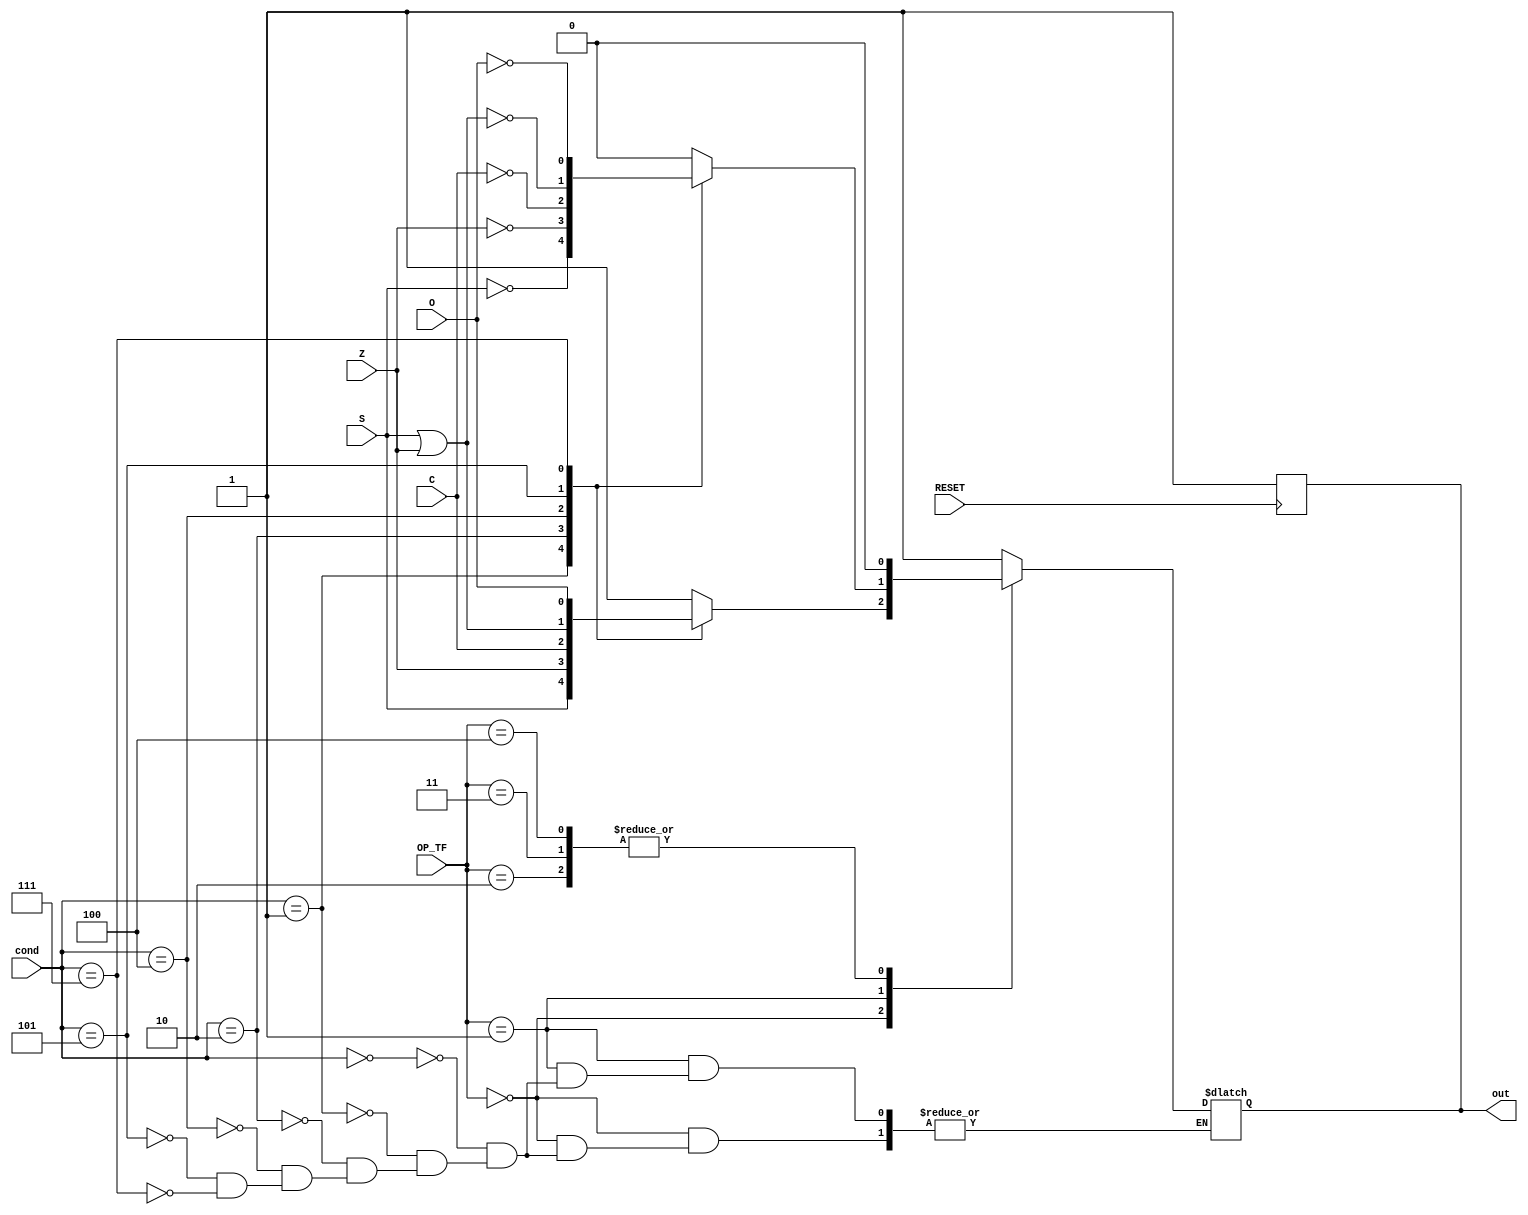
//Mdulo do testador de flags (combinacional)
module tester_flags(RESET, O, S, C, Z, cond, OP_TF, out);

	input 	wire		RESET, O, S, C, Z;
	input 	wire[2:0]	cond, OP_TF;
	output 	reg			out;

	always @(posedge RESET)
		out <= 1'b1;

	/*	
		A sada out  usada como seleo para o mux MX_PC.
		Quando out = 0, o pulo  executado. (No MX_PC, a entrada da ALU  selecionada)
		Quando out = 1, o pulo no  executado. (No MX_PC, a entrada do somador  selecionada)
	*/
	always @(*) begin
		case(OP_TF)
			3'b111: 			out = 1'b1; 		//outras instr.	-> nunca pula
			3'b000: begin
				case(cond)
					3'b000: 	out = 1'b1;			//jf.true 		-> nunca pula
					3'b001: 	out = S;			//jf.neg		-> pula se (S == 0)
					3'b010: 	out = Z;			//jf.zero		-> pula se (Z == 0)
					3'b100: 	out = C;			//jf.carry		-> pula se (C == 0)
					3'b101: 	out = S | Z;		//jf.negzero	-> pula se ((S || Z) == 0)
					3'b111: 	out = O;			//jf.overflow	-> pula se (O == 0)
				endcase
			end
			3'b001: begin
				case(cond)
					3'b000: 	out = 1'b0;			//jt.true 		-> sempre pula
					3'b001: 	out = ~S;			//jt.neg		-> pula se (S == 1)
					3'b010: 	out = ~Z;			//jt.zero		-> pula se (Z == 1)
					3'b100: 	out = ~C;			//jt.carry		-> pula se (C == 1)
					3'b101: 	out = ~(S | Z);		//jt.negzero	-> pula se ((S || Z) == 1)
					3'b111: 	out = ~O;			//jt.overflow	-> pula se (O == 1)
				endcase
			end
			3'b010: 			out = 1'b0;			//j L			-> sempre pula
			3'b011: 			out = 1'b0;			//jal b 		-> sempre pula
			3'b100: 			out = 1'b0;			//jr b 			-> sempre pula
			default:			out = 1'b1;
		endcase
	end

endmodule